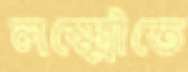
লক্ষ্মৌতে